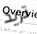
تريد